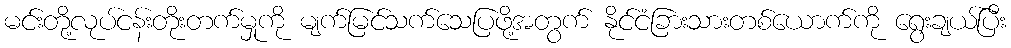
မင်းတို့လုပ်ငန်းတိုးတက်မှုကို မျက်မြင်သက်သေပြဖို့အတွက် နိုင်ငံခြားသားတစ်ယောက်ကို ရွေးချယ်ပြီး